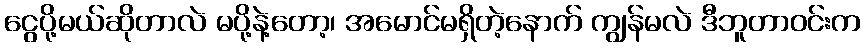
ငွေပို့မယ်ဆိုတာလဲ မပို့နဲ့တော့၊ အမောင်မရှိတဲ့နောက် ကျွန်မလဲ ဒီဘူတာဝင်းက